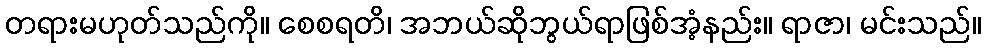
တရားမဟုတ်သည်ကို။ စေစရတိ၊ အဘယ်ဆိုဘွယ်ရာဖြစ်အံ့နည်း။ ရာဇာ၊ မင်းသည်။